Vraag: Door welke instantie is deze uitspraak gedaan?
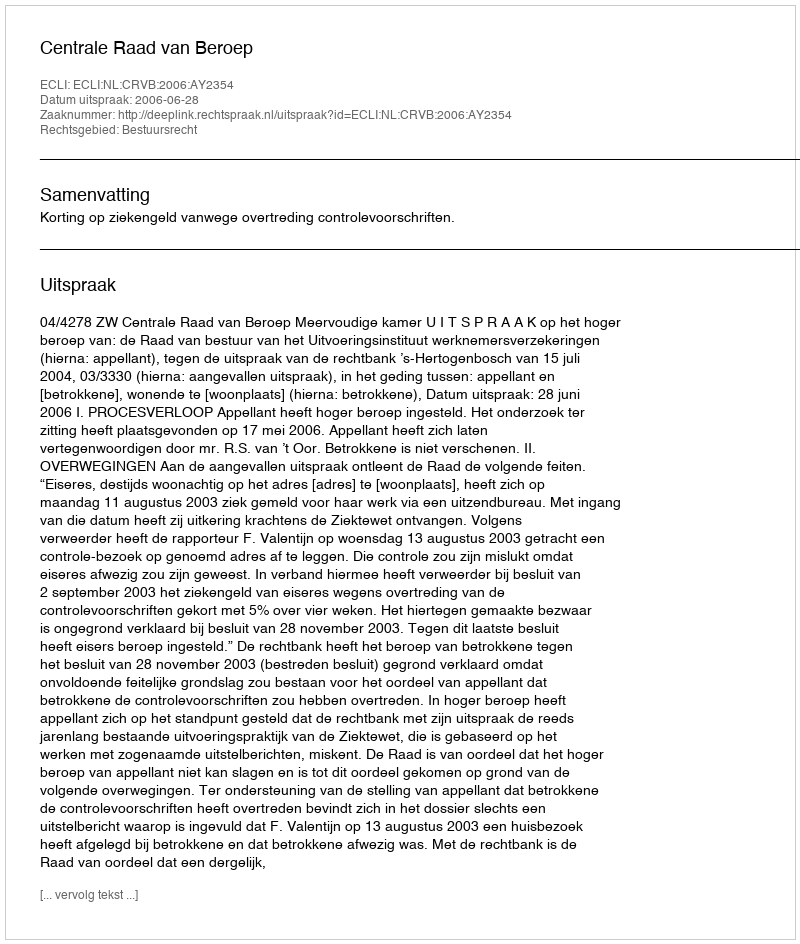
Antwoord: Centrale Raad van Beroep